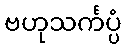
ဗဟုသင်္ကပ္ပံ